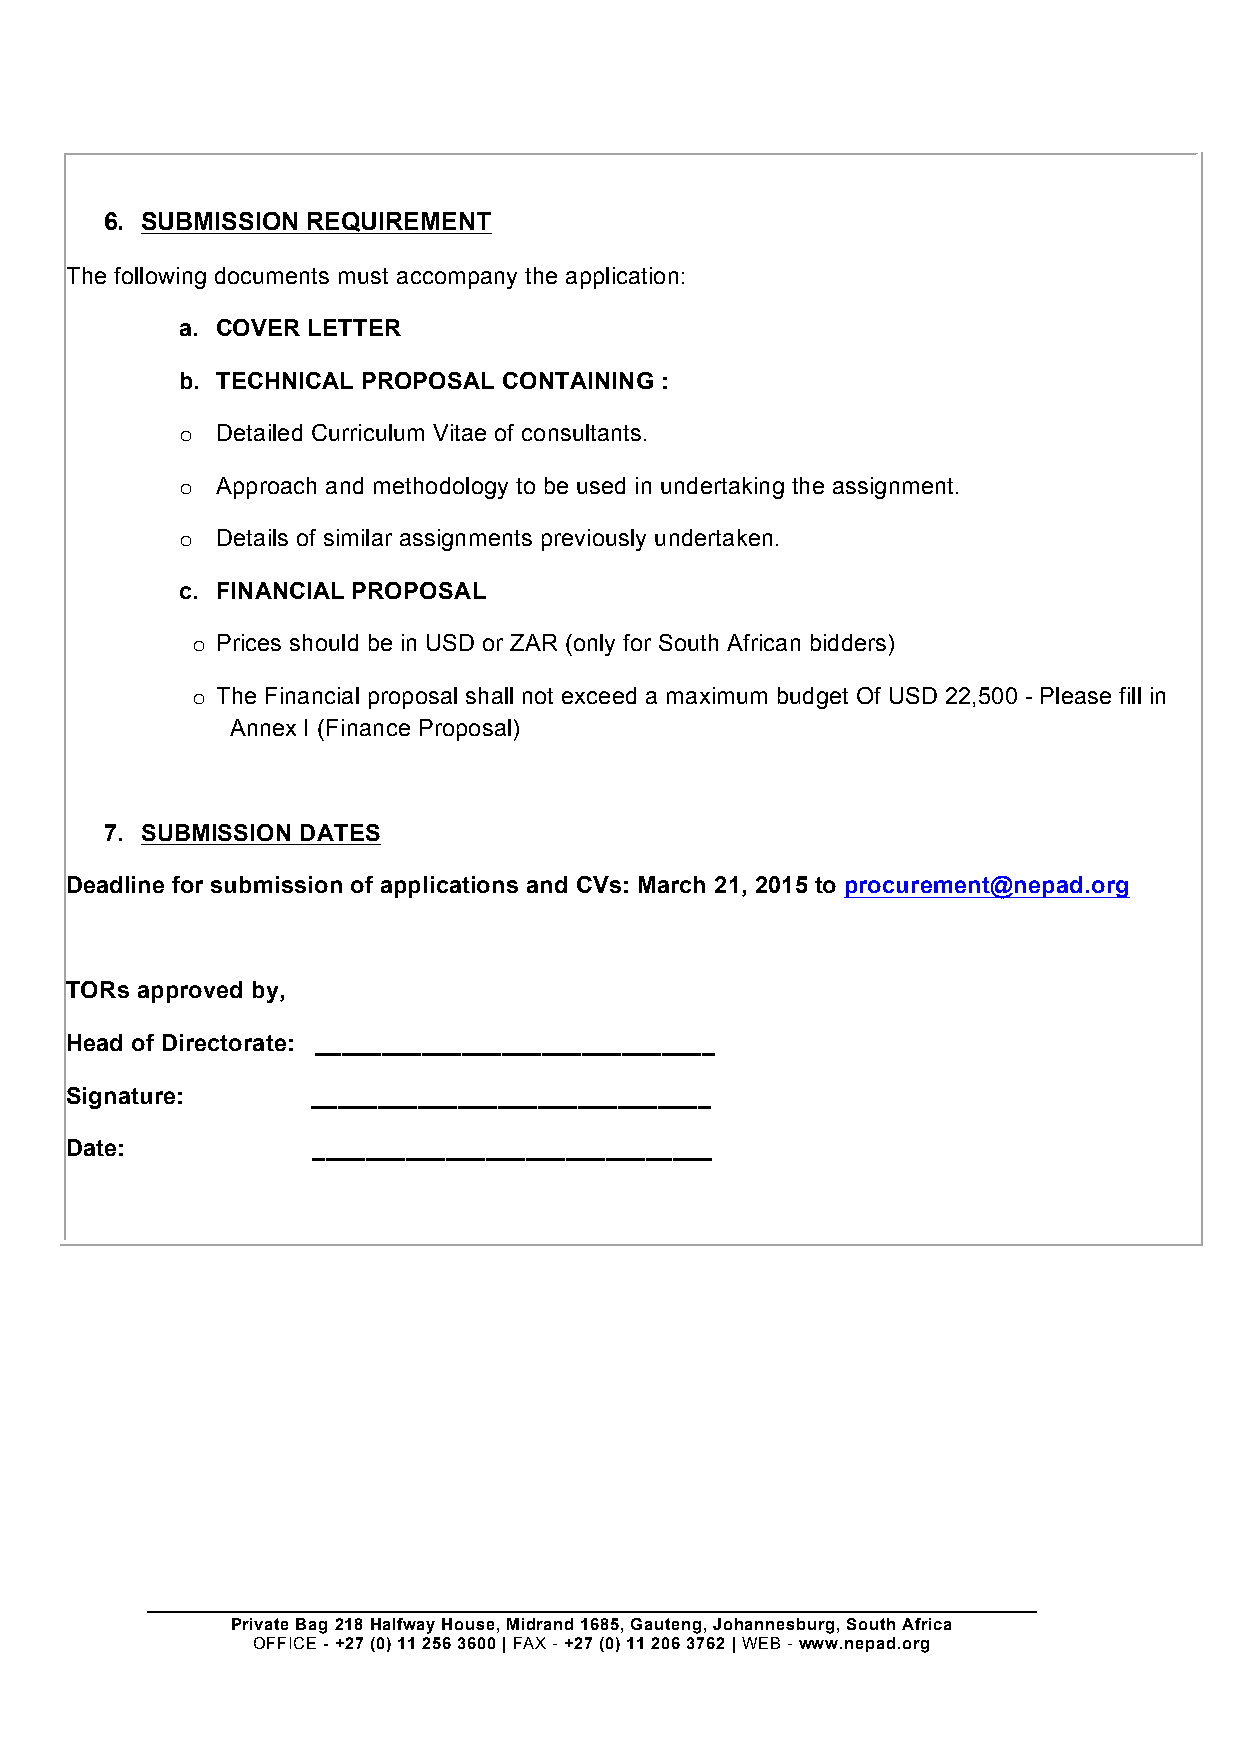
6. SUBMISSION REQUIREMENT
 The following documents must accompany the application:
 a. COVER LETTER
 b. TECHNICAL PROPOSAL CONTAINING :
 o Detailed Curriculum Vitae of consultants.
 o Approach and methodology to be used in undertaking the assignment.
 o Details of similar assignments previously undertaken.
 c. FINANCIAL PROPOSAL
 o Prices should be in USD or ZAR (only for South African bidders)
 o The Financial proposal shall not exceed a maximum budget Of USD 22,500 - Please fill in
 Annex I (Finance Proposal)
 7. SUBMISSION DATES
 Deadline for submission of applications and CVs: March 21, 2015 to procurement@nepad.org
 TORs approved by,
 Head of Directorate: ______________________________
 Signature:       ______________________________
 Date:            ______________________________
 Private Bag 218 Halfway House, Midrand 1685, Gauteng, Johannesburg, South Africa
 OFFICE - +27 (0) 11 256 3600 | FAX - +27 (0) 11 206 3762 | WEB - www.nepad.org